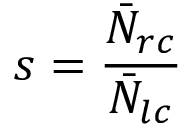
s = \frac { \bar { N } _ { r c } } { \bar { N } _ { l c } }